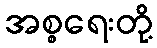
အစ္စရေးတို့